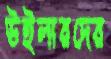
উইলারদের